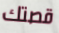
قصتك